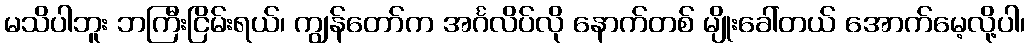
မသိပါဘူး ဘကြီးငြိမ်းရယ်၊ ကျွန်တော်က အင်္ဂလိပ်လို နောက်တစ် မျိုးခေါ်တယ် အောက်မေ့လို့ပါ၊